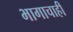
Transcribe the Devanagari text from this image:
भागाचाही